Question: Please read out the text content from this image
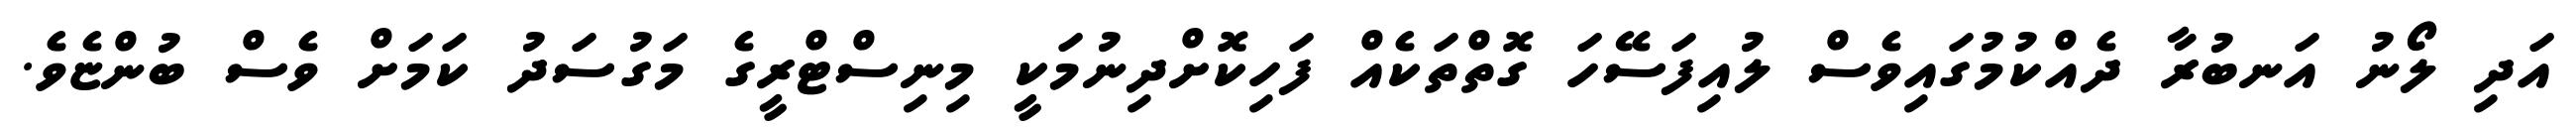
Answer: އަދި ލޯނު އަނބުރާ ދެއްކުމުގައިވެސް ލުއިފަސޭހަ ގޮތްތަކެއް ފަހިކޮށްދިނުމަކީ މިނިސްޓްރީގެ މަގުސަދު ކަމަށް ވެސް ބުންޏެވެ.